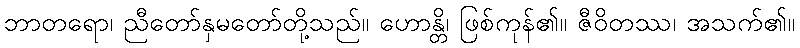
ဘာတရော၊ ညီတော်နှမတော်တို့သည်။ ဟောန္တိ၊ ဖြစ်ကုန်၏။ ဇီဝိတဿ၊ အသက်၏။